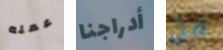
عمله أدراجنا من